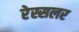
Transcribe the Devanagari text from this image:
रेस्सलर